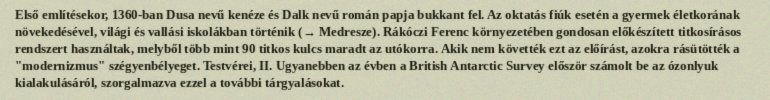
Első említésekor, 1360-ban Dusa nevű kenéze és Dalk nevű román papja bukkant fel. Az oktatás fiúk esetén a gyermek életkorának növekedésével, világi és vallási iskolákban történik (→ Medresze). Rákóczi Ferenc környezetében gondosan előkészített titkosírásos rendszert használtak, melyből több mint 90 titkos kulcs maradt az utókorra. Akik nem követték ezt az előírást, azokra rásütötték a "modernizmus" szégyenbélyeget. Testvérei, II. Ugyanebben az évben a British Antarctic Survey először számolt be az ózonlyuk kialakulásáról, szorgalmazva ezzel a további tárgyalásokat.